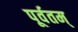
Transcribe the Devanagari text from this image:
पूर्वतम्